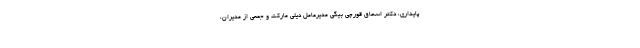
پایداری، دکتر اسحاق قورچی بیگی مدیرعامل دیلی مارکت و جمعی از مدیران،